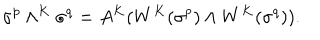
\sigma ^ { p } \wedge ^ { K } \sigma ^ { q } = A ^ { K } ( W ^ { K } ( \sigma ^ { p } ) \wedge W ^ { K } ( \sigma ^ { q } ) ) .